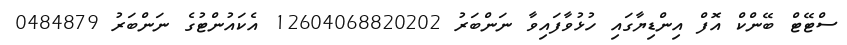
ސްޓޭޓް ބޭންކް އޮފް އިންޑިޔާގައި ހުޅުވާފައިވާ ނަންބަރު 12604068820202 އެކައުންޓުގެ ނަންބަރު 0484879